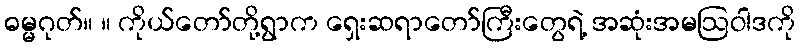
ဓမ္မဂုတ်။ ။ ကိုယ်တော်တို့ရွာက ရှေးဆရာတော်ကြီးတွေရဲ့ အဆုံးအမဩဝါဒကို